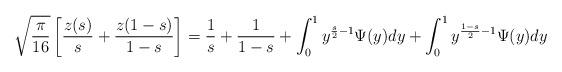
LaTeX: \begin{align*} \sqrt{\frac{\pi}{16}} \left[ \frac{z(s)}{s} + \frac{z(1-s)}{1-s} \right] = \frac{1}{s} + \frac{1}{1-s} + \int_{0}^{1} y^{\frac{s}{2} - 1} \Psi(y) dy + \int_{0}^{1} y^{\frac{1-s}{2} - 1} \Psi(y) dy \end{align*}